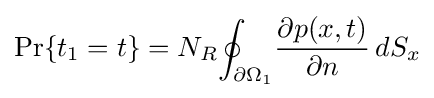
\Pr\{t_{1}=t\}=N_{R}{\oint _{\partial \Omega _{1}}}{\frac {\partial p(x,t)}{\partial n}}\,dS_{x}